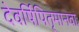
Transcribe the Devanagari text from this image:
देवर्षिपितृमानवाः